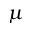
\mu